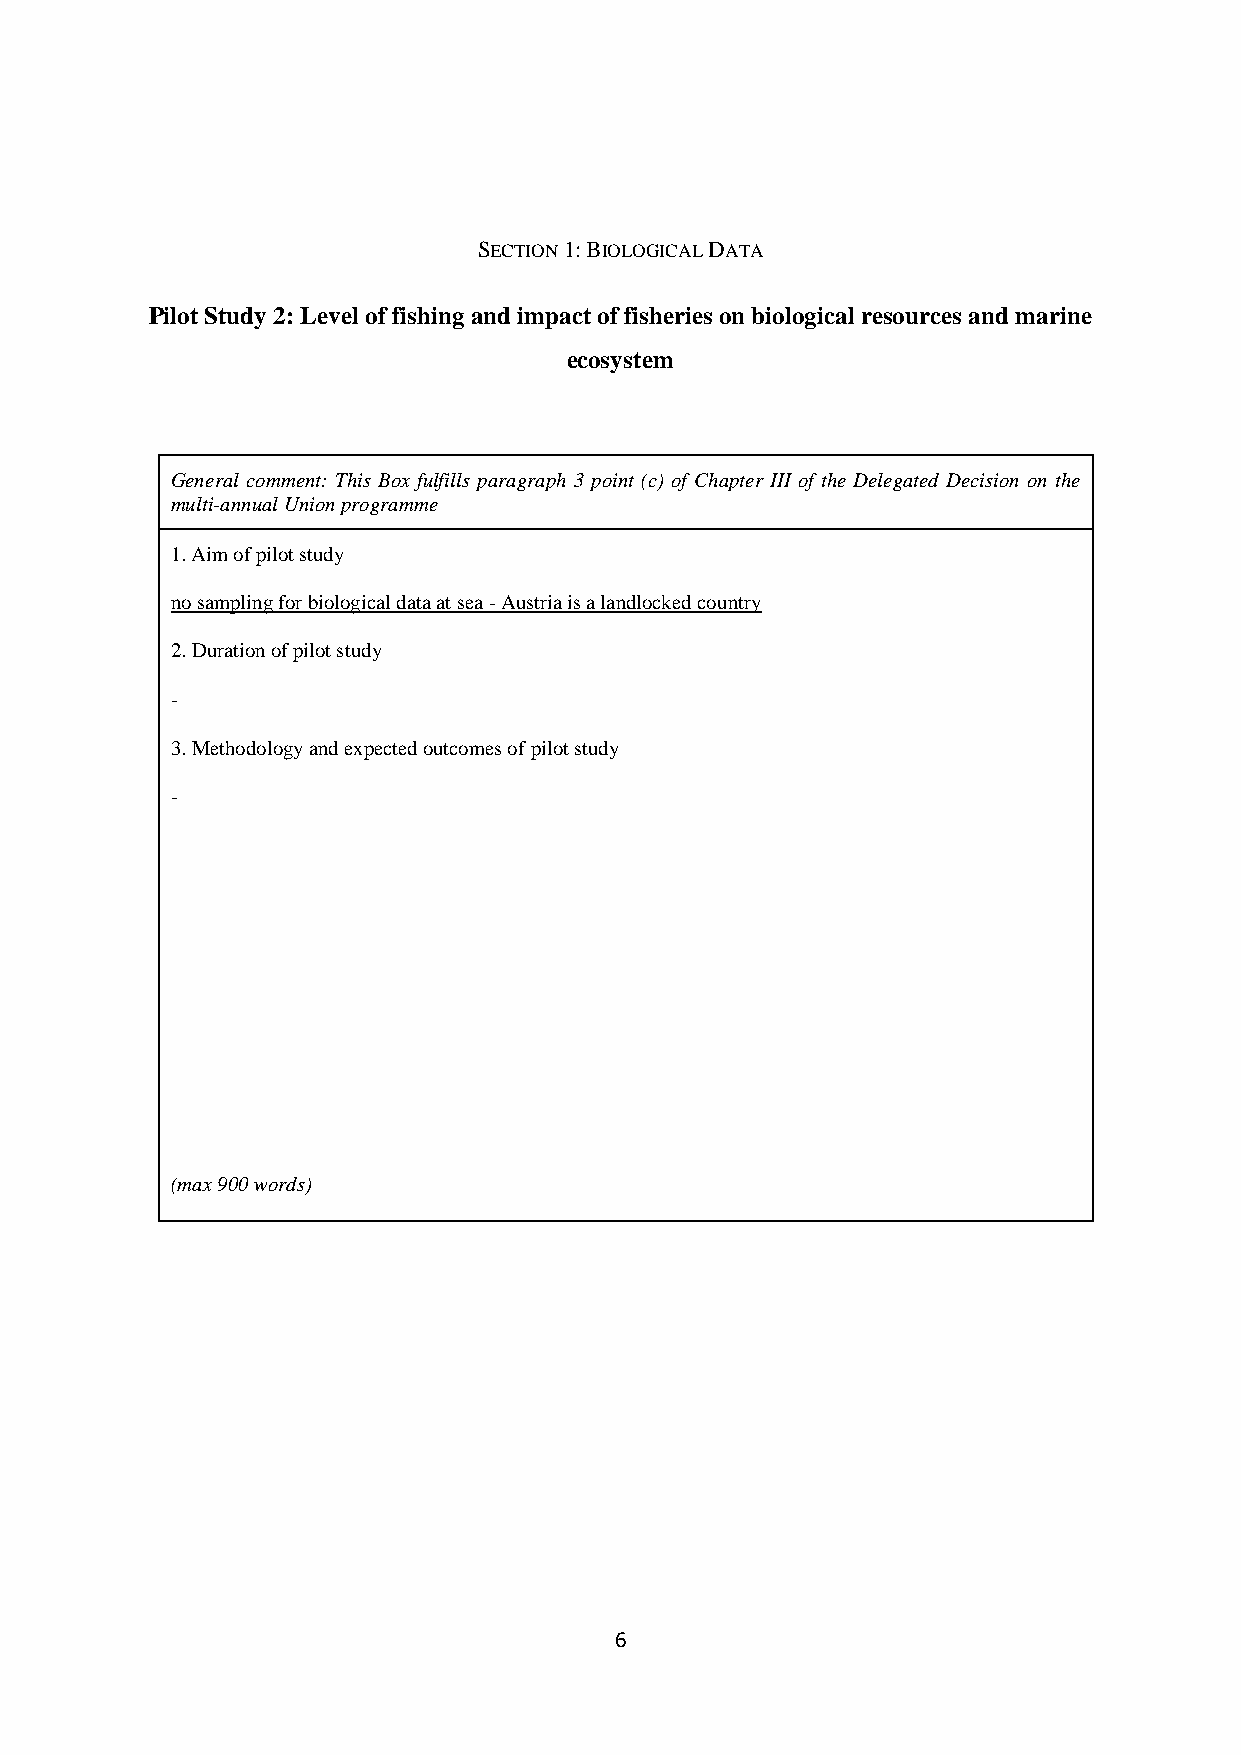
SECTION 1: BIOLOGICAL DATA
 Pilot Study 2: Level of fishing and impact of fisheries on biological resources and marine
 ecosystem
 General comment: This Box fulfills paragraph 3 point (c) of Chapter III of the Delegated Decision on the
 multi-annual Union programme
 1. Aim of pilot study
 no sampling for biological data at sea - Austria is a landlocked country
 2. Duration of pilot study
 -
 3. Methodology and expected outcomes of pilot study
 -
 (max 900 words)
 6